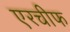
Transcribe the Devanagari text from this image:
एरचीफ